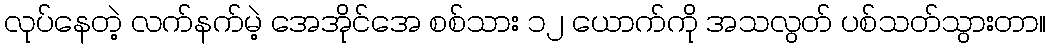
လုပ်နေတဲ့ လက်နက်မဲ့ အေအိုင်အေ စစ်သား ၁၂ ယောက်ကို အသလွတ် ပစ်သတ်သွားတာ။